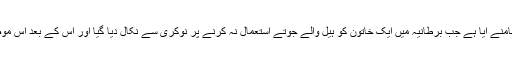
جولیا رابرٹس کا یہ عمل ایسے وقت میں سامنے آیا ہے جب برطانیہ میں ایک خاتون کو ہیل والے جوتے استعمال نہ کرنے پر نوکری سے نکال دیا گیا اور اس کے بعد اس موضوع پر ملک بھر میں بحث شروع ہوگئی۔